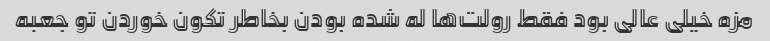
مزه خیلی عالی بود فقط رولت‌ها له شده بودن بخاطر تکون خوردن تو جعبه